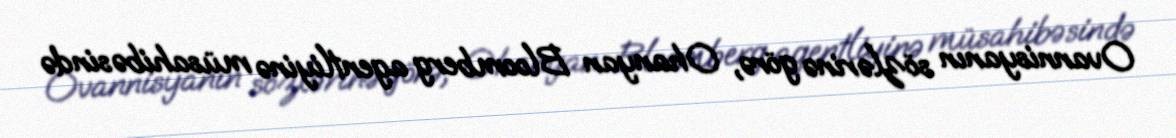
Ovannisyanın sözlərinə görə, Ohanyan Bloomberg agentliyinə müsahibəsində